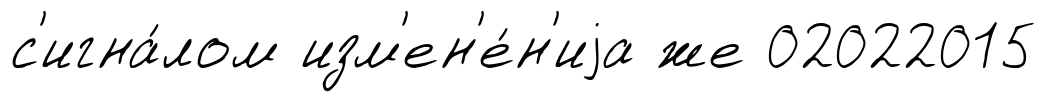
с'игна́лом изм'ен'е́н'иjа же 02022015